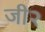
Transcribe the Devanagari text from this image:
जी२